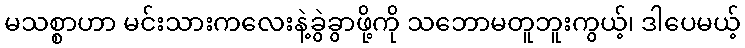
မသစ္စာဟာ မင်းသားကလေးနဲ့ခွဲခွာဖို့ကို သဘောမတူဘူးကွယ့်၊ ဒါပေမယ့်